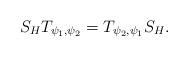
LaTeX: \begin{align*}S_HT_{\psi_1,\psi_2}=T_{\psi_2,\psi_1}S_H.\end{align*}